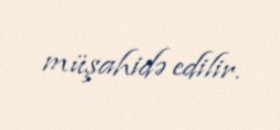
müşahidə edilir.